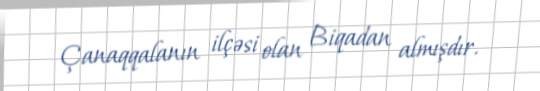
Çanaqqalanın ilçəsi olan Biqadan almışdır.